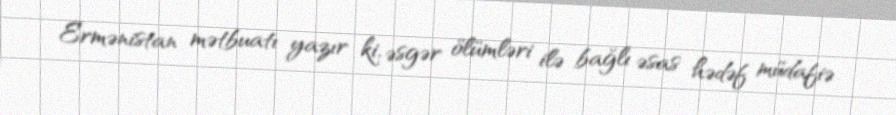
Ermənistan mətbuatı yazır ki, əsgər ölümləri ilə bağlı əsas hədəf müdafiə